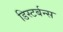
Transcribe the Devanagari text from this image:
डिस्टर्बन्स